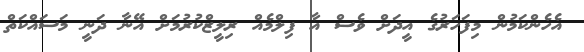
އެހެންކަމުން މިފަހަރުގެ އީދަށް ވެސް އާ ފިލްމެއް ރިލީޒްކުރުމަށް އޭނާ ދަނީ މަސައްކަތް